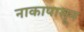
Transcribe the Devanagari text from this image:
नाकापासून